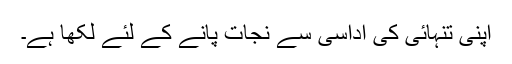
اپنی تنہائی کی اداسی سے نجات پانے کے لئے لکھا ہے۔